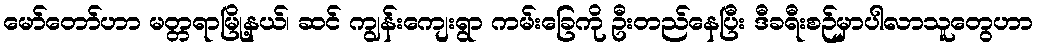
မော်တော်ဟာ မတ္တရာမြို့နယ်၊ ဆင် ကျွန်းကျေးရွာ ကမ်းခြေကို ဦးတည်နေပြီး ဒီခရီးစဉ်မှာပါလာသူတွေဟာ